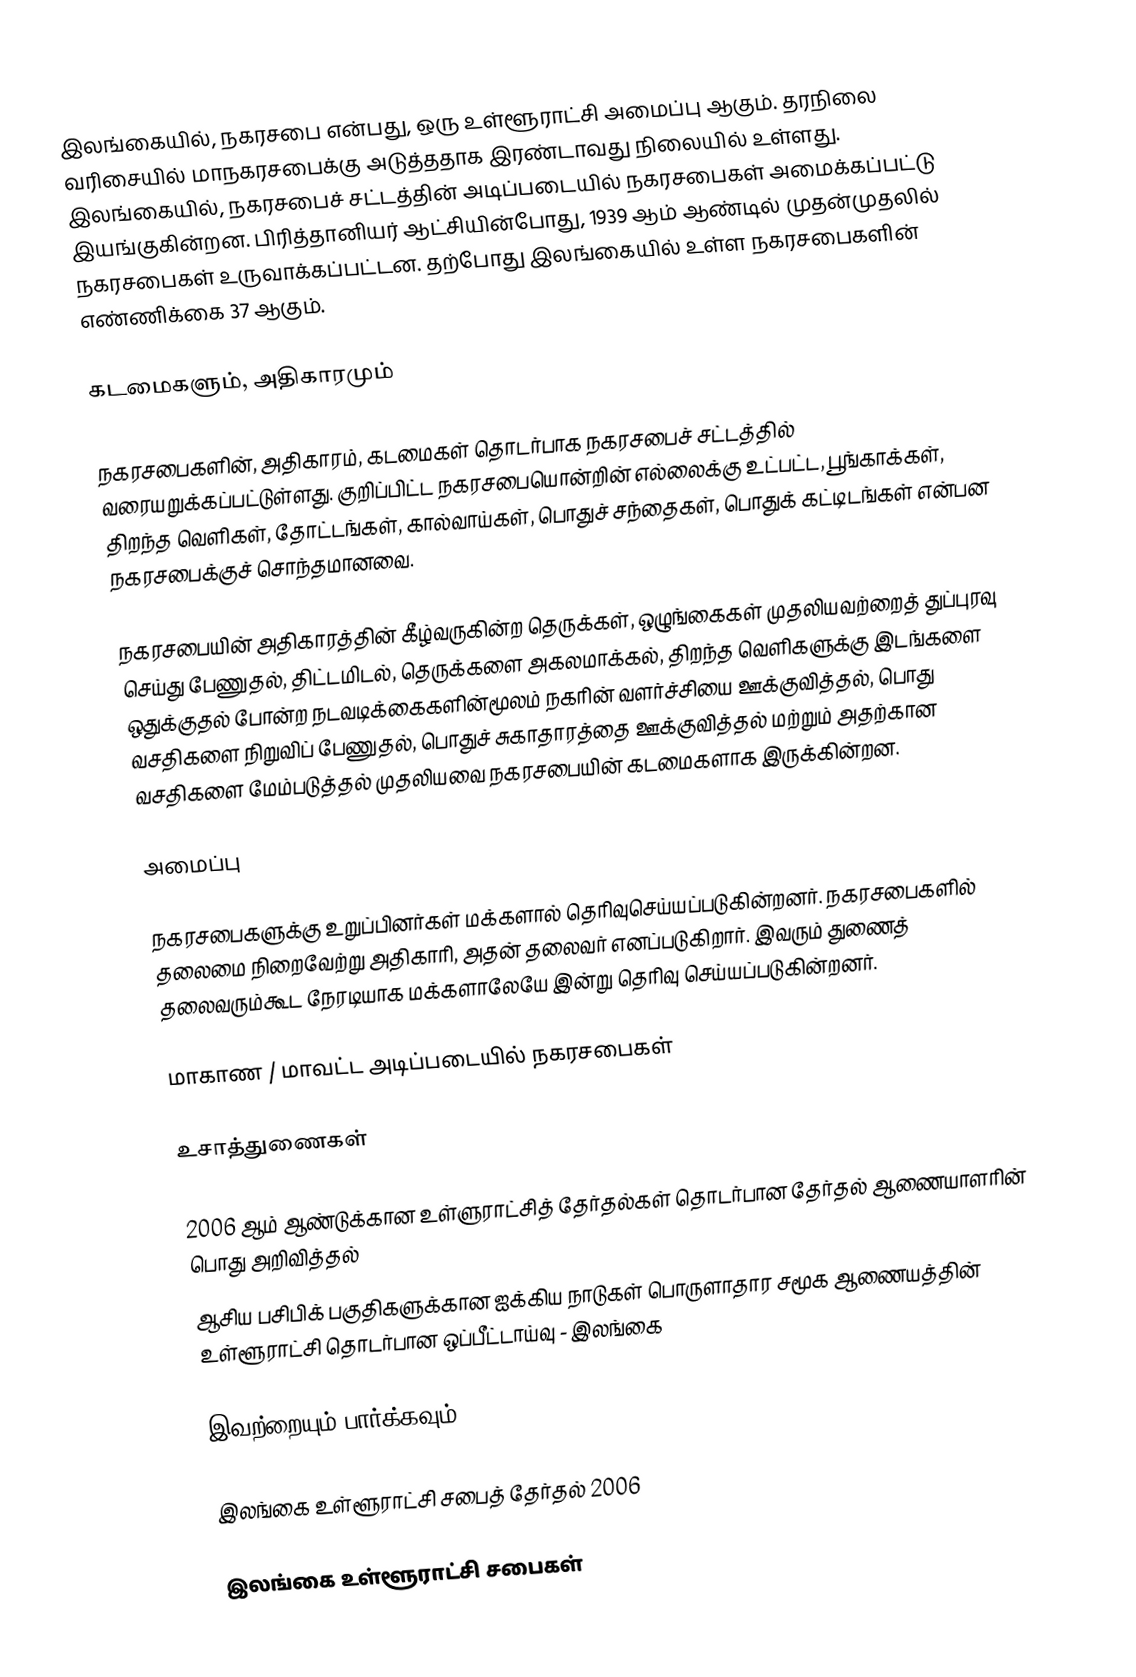
இலங்கையில், நகரசபை என்பது, ஒரு உள்ளூராட்சி அமைப்பு ஆகும். தரநிலை வரிசையில் மாநகரசபைக்கு அடுத்ததாக இரண்டாவது நிலையில் உள்ளது. இலங்கையில், நகரசபைச் சட்டத்தின் அடிப்படையில் நகரசபைகள் அமைக்கப்பட்டு இயங்குகின்றன. பிரித்தானியர் ஆட்சியின்போது, 1939 ஆம் ஆண்டில் முதன்முதலில் நகரசபைகள் உருவாக்கப்பட்டன. தற்போது இலங்கையில் உள்ள நகரசபைகளின் எண்ணிக்கை 37 ஆகும்.

கடமைகளும், அதிகாரமும்

நகரசபைகளின், அதிகாரம், கடமைகள் தொடர்பாக நகரசபைச் சட்டத்தில் வரையறுக்கப்பட்டுள்ளது. குறிப்பிட்ட நகரசபையொன்றின் எல்லைக்கு உட்பட்ட, பூங்காக்கள், திறந்த வெளிகள், தோட்டங்கள், கால்வாய்கள், பொதுச் சந்தைகள், பொதுக் கட்டிடங்கள் என்பன நகரசபைக்குச் சொந்தமானவை.

நகரசபையின் அதிகாரத்தின் கீழ்வருகின்ற தெருக்கள், ஒழுங்கைகள் முதலியவற்றைத் துப்புரவு செய்து பேணுதல், திட்டமிடல், தெருக்களை அகலமாக்கல், திறந்த வெளிகளுக்கு இடங்களை ஒதுக்குதல் போன்ற நடவடிக்கைகளின்மூலம் நகரின் வளர்ச்சியை ஊக்குவித்தல், பொது வசதிகளை நிறுவிப் பேணுதல், பொதுச் சுகாதாரத்தை ஊக்குவித்தல் மற்றும் அதற்கான வசதிகளை மேம்படுத்தல் முதலியவை நகரசபையின் கடமைகளாக இருக்கின்றன.

அமைப்பு

நகரசபைகளுக்கு உறுப்பினர்கள் மக்களால் தெரிவுசெய்யப்படுகின்றனர். நகரசபைகளில் தலைமை நிறைவேற்று அதிகாரி, அதன் தலைவர் எனப்படுகிறார். இவரும் துணைத் தலைவரும்கூட நேரடியாக மக்களாலேயே இன்று தெரிவு செய்யப்படுகின்றனர்.

மாகாண / மாவட்ட அடிப்படையில் நகரசபைகள்

உசாத்துணைகள்

 2006 ஆம் ஆண்டுக்கான உள்ளுராட்சித் தேர்தல்கள் தொடர்பான தேர்தல் ஆணையாளரின் பொது அறிவித்தல்
 ஆசிய பசிபிக் பகுதிகளுக்கான ஐக்கிய நாடுகள் பொருளாதார சமூக ஆணையத்தின் உள்ளூராட்சி தொடர்பான ஒப்பீட்டாய்வு - இலங்கை

இவற்றையும் பார்க்கவும்

 இலங்கை உள்ளூராட்சி சபைத் தேர்தல் 2006

இலங்கை உள்ளூராட்சி சபைகள்